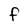
Character: F